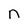
Character: n